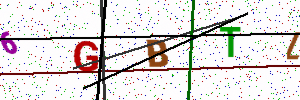
Text: 6GBTL